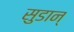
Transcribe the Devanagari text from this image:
सुडान्